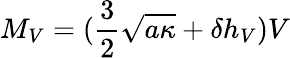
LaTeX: M_{V}=(\frac{3}{2}\sqrt{a\kappa}+\delta h_{V})V